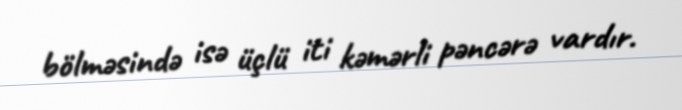
bölməsində isə üçlü iti kəmərli pəncərə vardır.